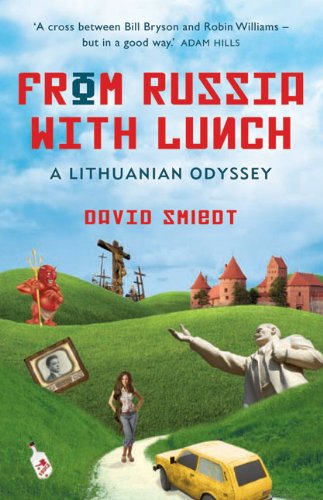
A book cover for From Russia with Lunch: A Lithuanian Odyssey; David Smiedt; Travel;